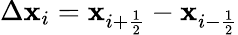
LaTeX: \Delta\mathbf{x}_{i}=\mathbf{x}_{i+{\frac{{1}}{{2}}}}-\mathbf{x}_{i-{\frac{{1}}{{2}}}}